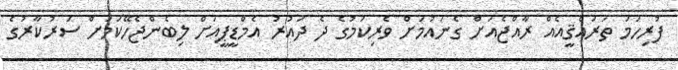
ފުރިހަމަ ތަރައްޤީއެއް ރާއްޖެއަށް ގެނައުމަށް ވެރިކަމުގެ ދެ ދައުރު އެމްޑީޕީއަށް ލިބެންޖެހޭކަމަށް ސަރުކާރުގެ